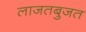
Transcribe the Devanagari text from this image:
लाजतबुजत